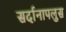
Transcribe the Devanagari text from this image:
सर्दानापलुस